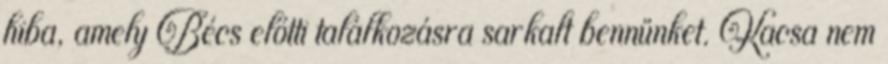
hiba, amely Bécs előtti találkozásra sarkalt bennünket. Kacsa nem